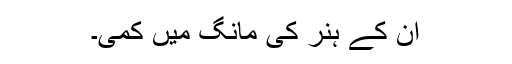
ان کے ہنر کی مانگ میں کمی۔